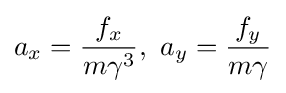
a_{x}={\frac {f_{x}}{m\gamma ^{3}}},\ a_{y}={\frac {f_{y}}{m\gamma }}